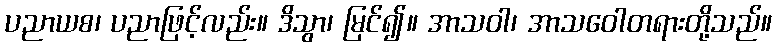
ပညာယစ၊ ပညာဖြင့်လည်း။ ဒိသွာ၊ မြင်၍။ အာသဝါ၊ အာသဝေါတရားတို့သည်။